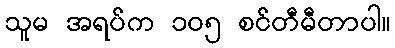
သူမ အရပ်က ၁၀၅ စင်တီမီတာပါ။